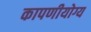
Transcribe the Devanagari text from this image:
कापणीयोग्य